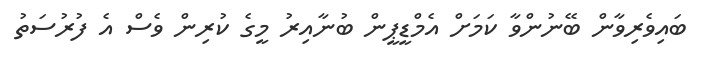
ބައިވެރިވާން ބޭނުންވާ ކަމަށް އެމްޑީޕީން ބުނާއިރު މީގެ ކުރިން ވެސް އެ ފުރުސަތު